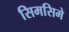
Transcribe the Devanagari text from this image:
सिमसिमे